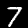
Label: 7